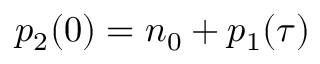
p _ { 2 } ( 0 ) = n _ { 0 } + p _ { 1 } ( \tau )